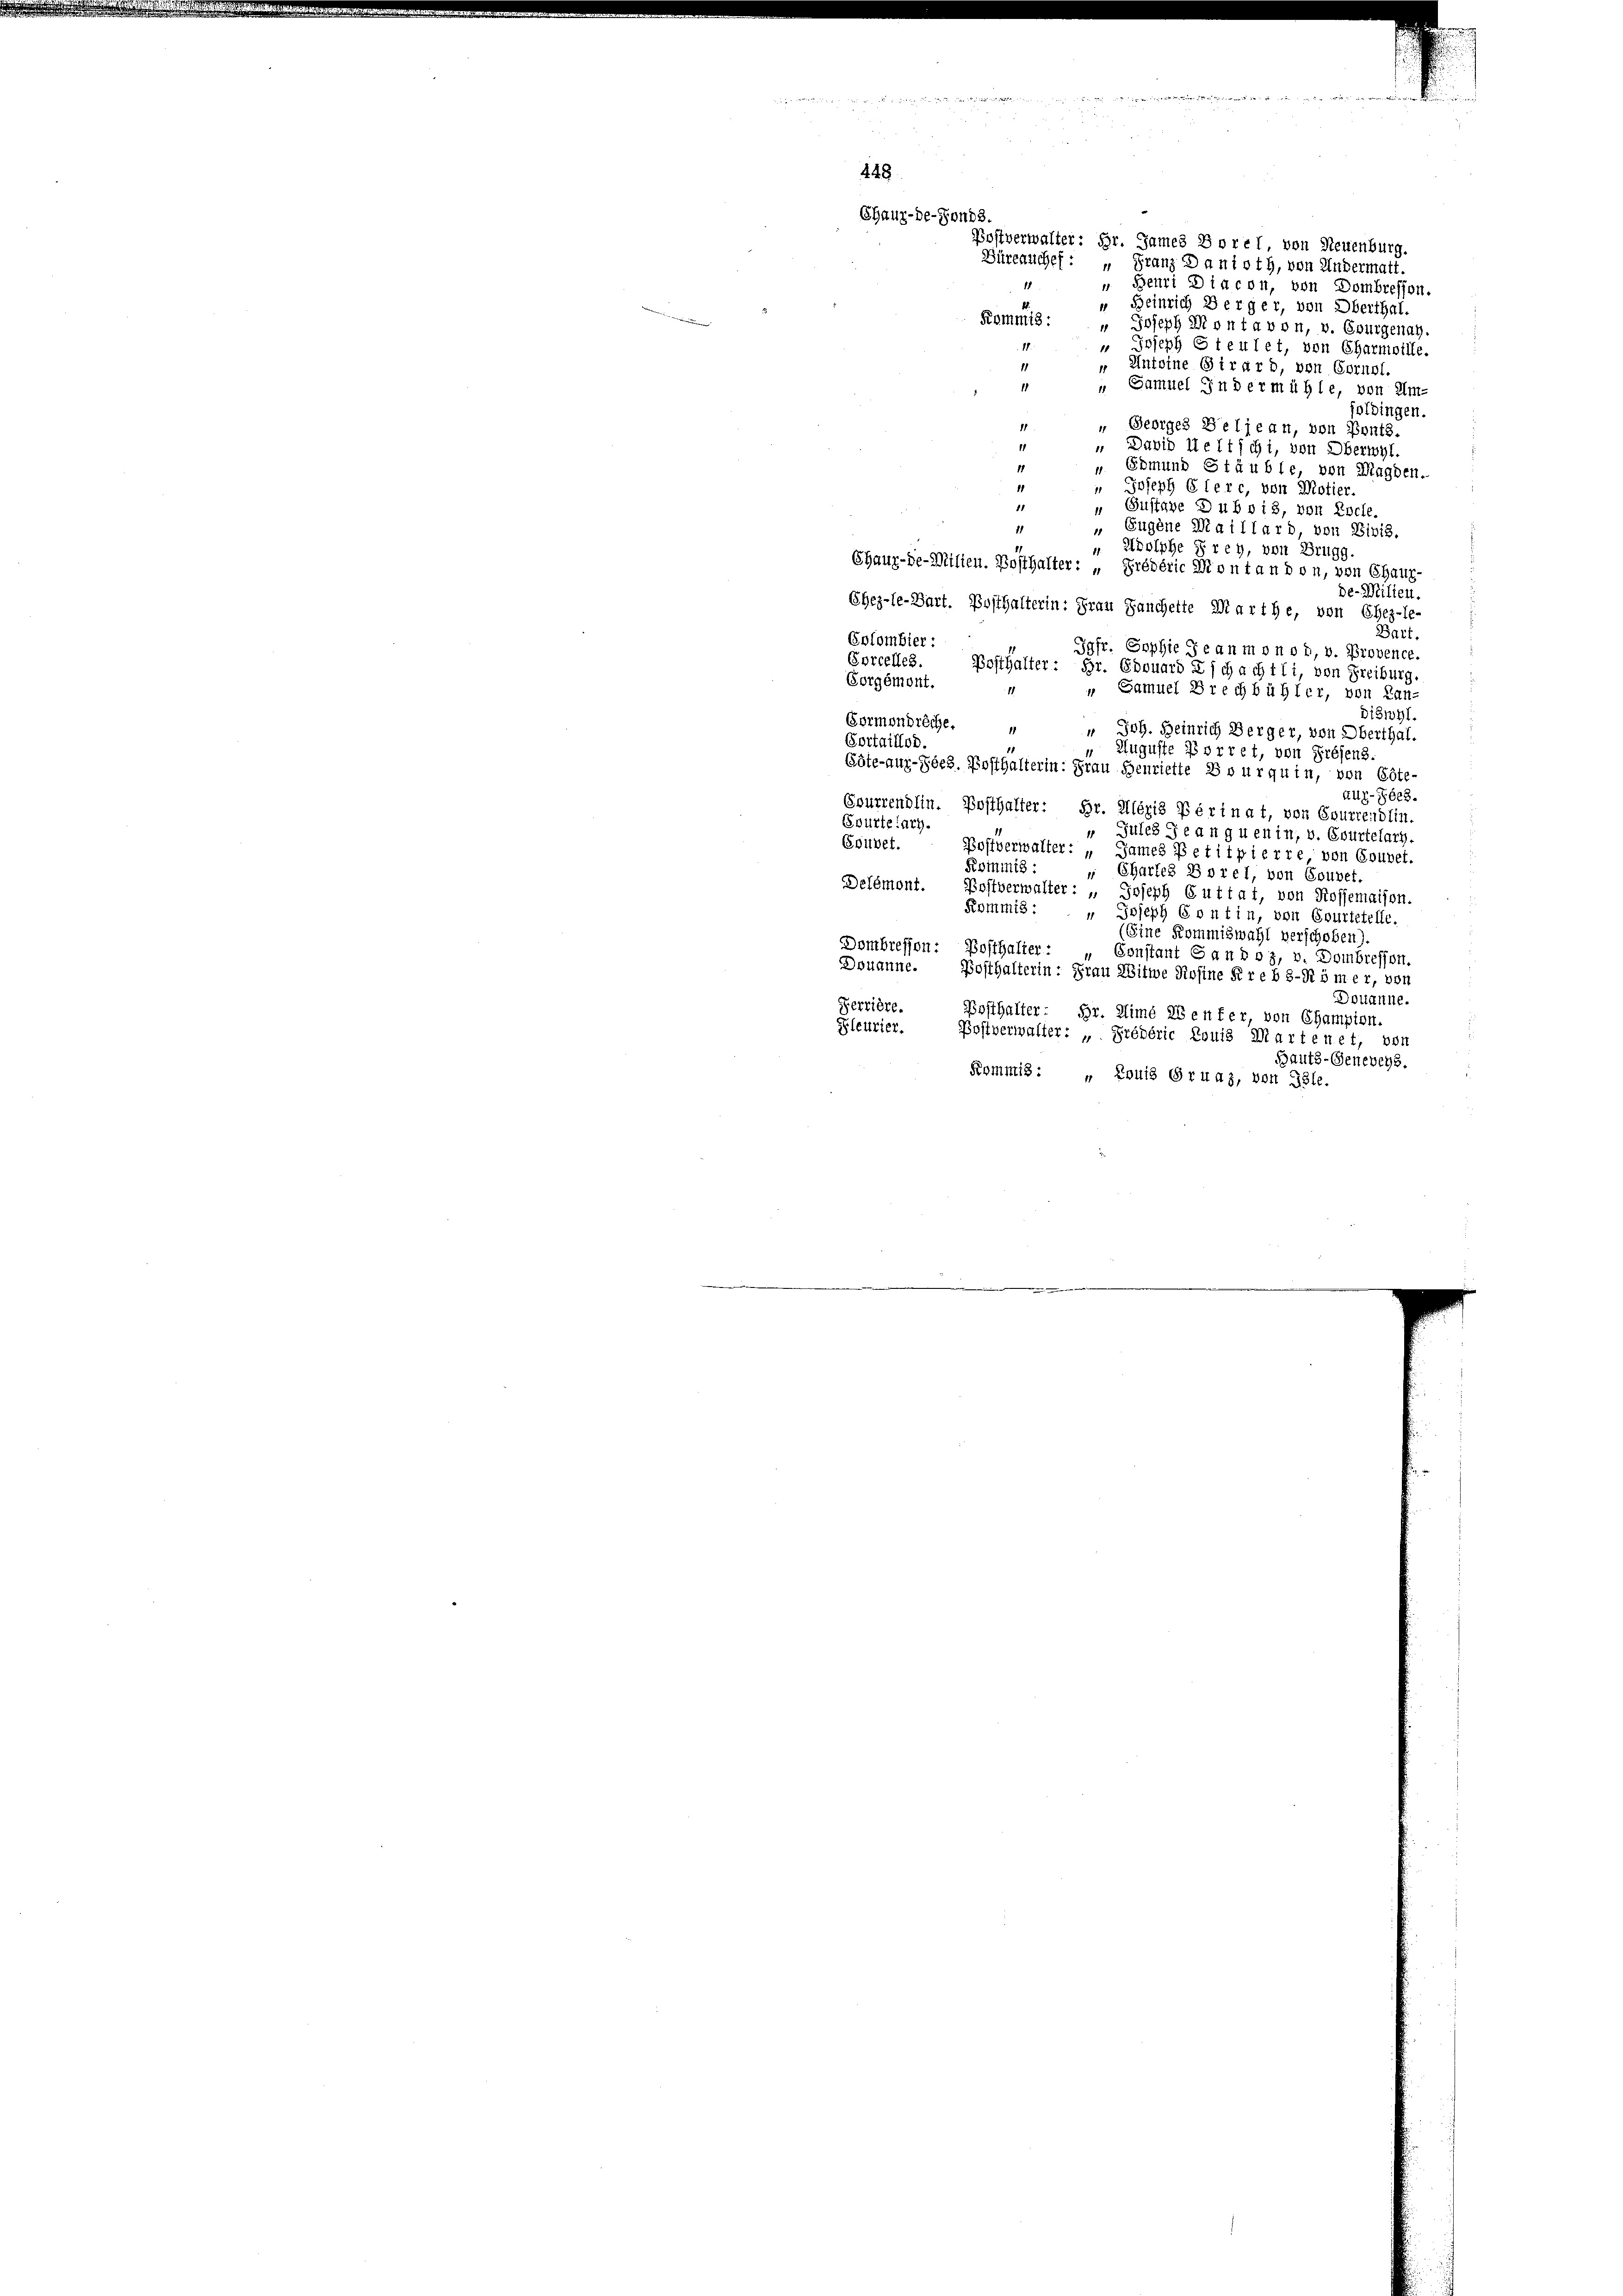
448
Chaux-de-Fonds.

Postverwalter: Hr. James Borel, von Neuenburg.
Büreauchef: „Franz Danisth, von Andermatt.
 Beuri Diacon, von Dombreffen.
1
“ Heinrich Berger, von Oberthal.
Kommis:
" Joseph Montavon, v. Spurgenau.
" Joseph Steutet, von Charmoille.
11
" Antoine Girard, von Sornol
1
" Samuel Indermühle, von Um-
foldingen.
81
 Georges Beljean, von Ponts.
11
 David Weltschi, von Oberwyl.
11
 Edmund Stäuble, von Magden.
1
" Joseph Giere, von Motier.
15
„ Gustave Dubois, von Epcle.
1
„Eugene Maillard von Divis.
„ Solche Frey, von Brugg.
Chaux-de-Milien. Bosthalter: „Frédéric Montandon, von Chaux-
de-Milien.
Ehez-le-Bart. Posthalterin: Frau Jauchette Marthe, von Ehez-le-
Bart.
Eolombier:
Jgfr. Sophie Jean mon ob, v. Provence.
Sorcelles.
Posthalter: Hr. Edouard Eschachtli, von Freiburg
Forgémont.
1.
" Samuel Brechbühler, von Lan-
Diswyl.
Formondreche.
17
" Joh. Heinrich Berger, von Oberthal.
Cortaillor.
Auguste Vorret, von Fresens.
Göte-aux-Jöeh. Posthalterin: Frau Henriette Bourquin, von Göte-
Aug-Gées.
Souprendlin. Posthalter: Hr. Allégis Périnat, von Esurrendlin.
Evurtelary.
 Gutes Jean guenin, v. Courtelarz.
Gouvet.
Postverwalter: „James Petit pierre, von Gouvet.
Rominis:
 Chartes Borel, von Gouver
Delémont. Postverwalter: „Joseph Guttat, von Rossemaison.
Kommis:
" Joseph Contin, von Courtetelle.
(Eine Kommiswahl verschoben).
Dombressen: Posthalter:
Constant Gandoz, v. Dombreffen.
Denanne. Posthalterin: Frau Witwe Rosine Kreb 8-Römer, von
Douanne.
Perrière.
Posthalter: Hr. Himé enfer, von Champion.
Gleurier.
Postverwalter: „Prépéric Louis Martenet, von
Hautz-Geneveys.
Kommis: „Louis Gruaz, von Isle.